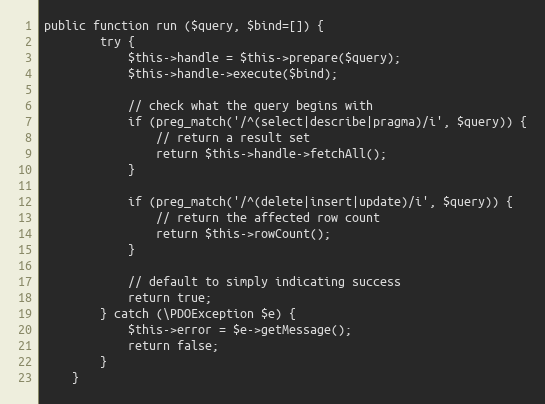
Language: PHP
public function run ($query, $bind=[]) {
        try {
            $this->handle = $this->prepare($query);
            $this->handle->execute($bind);

            // check what the query begins with
            if (preg_match('/^(select|describe|pragma)/i', $query)) {
                // return a result set
                return $this->handle->fetchAll();
            }

            if (preg_match('/^(delete|insert|update)/i', $query)) {
                // return the affected row count
                return $this->rowCount();
            }

            // default to simply indicating success
            return true;
        } catch (\PDOException $e) {
            $this->error = $e->getMessage();
            return false;
        }
    }